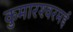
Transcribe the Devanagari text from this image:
कुमारश्‍वरमई